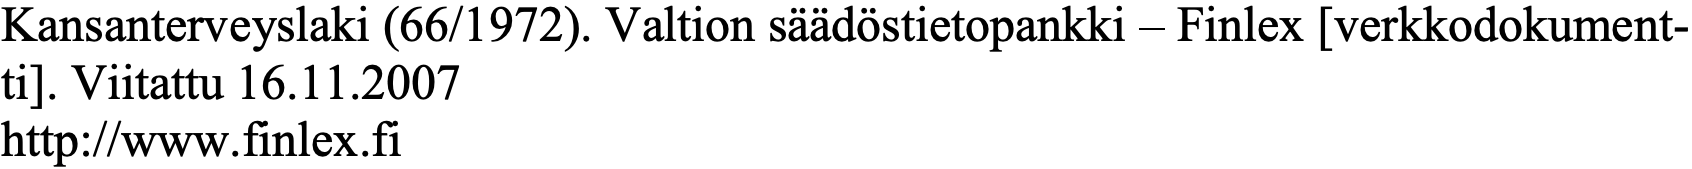
Kansanterveyslaki (66/1972). Valtion säädöstietopankki – Finlex [verkkodokument- ti]. Viitattu 16.11.2007 http://www.finlex.fi